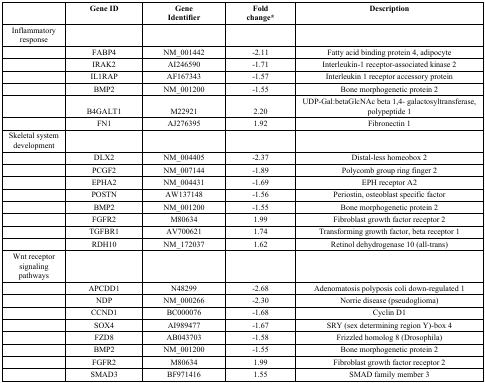
|  | Gene ID | GeneIdentifier | Foldchange* | Description |
 | --- | --- | --- | --- | --- |
 | Inflammatory response |  |  |  |  |
 |  | FABP4 | NM_001442 | -2.11 | Fatty acid binding protein 4, adipocyte |
 |  | IRAK2 | AI246590 | -1.71 | Interleukin-1 receptor-associated kinase 2 |
 |  | IL1RAP | AF167343 | -1.57 | Interleukin 1 receptor accessory protein |
 |  | BMP2 | NM_001200 | -1.55 | Bone morphogenetic protein 2 |
 |  | B4GALT1 | M22921 | 2.20 | UDP-Gal:betaGlcNAc beta 1,4- galactosyltransferase, polypeptide 1 |
 |  | FN1 | AJ276395 | 1.92 | Fibronectin 1 |
 | Skeletal system development |  |  |  |  |
 |  | DLX2 | NM_004405 | -2.37 | Distal-less homeobox 2 |
 |  | PCGF2 | NM_007144 | -1.89 | Polycomb group ring finger 2 |
 |  | EPHA2 | NM_004431 | -1.69 | EPH receptor A2 |
 |  | POSTN | AW137148 | -1.56 | Periostin, osteoblast specific factor |
 |  | BMP2 | NM_001200 | -1.55 | Bone morphogenetic protein 2 |
 |  | FGFR2 | M80634 | 1.99 | Fibroblast growth factor receptor 2 |
 |  | TGFBR1 | AV700621 | 1.74 | Transforming growth factor, beta receptor 1 |
 |  | RDH10 | NM_172037 | 1.62 | Retinol dehydrogenase 10 (all-trans) |
 | Wnt receptorsignaling pathways |  |  |  |  |
 |  | APCDD1 | N48299 | -2.68 | Adenomatosis polyposis coli down-regulated 1 |
 |  | NDP | NM_000266 | -2.30 | Norrie disease (pseudoglioma) |
 |  | CCND1 | BC000076 | -1.68 | Cyclin D1 |
 |  | SOX4 | AI989477 | -1.67 | SRY (sex determining region Y)-box 4 |
 |  | FZD8 | AB043703 | -1.58 | Frizzled homolog 8 (Drosophila) |
 |  | BMP2 | NM_001200 | -1.55 | Bone morphogenetic protein 2 |
 |  | FGFR2 | M80634 | 1.99 | Fibroblast growth factor receptor 2 |
 |  | SMAD3 | BF971416 | 1.55 | SMAD family member 3 |